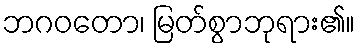
ဘဂဝတော၊ မြတ်စွာဘုရား၏။